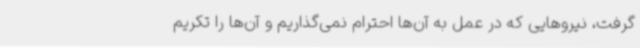
گرفت، نیروهایی که در عمل به آن‌ها احترام نمی‌گذاریم و آن‌ها را تکریم